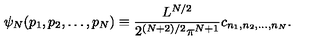
\psi _ { N } ( p _ { 1 } , p _ { 2 } , \dots , p _ { N } ) \equiv \frac { L ^ { N / 2 } } { 2 ^ { ( N + 2 ) / 2 } \pi ^ { N + 1 } } c _ { n _ { 1 } , n _ { 2 } , \dots , n _ { N } } .